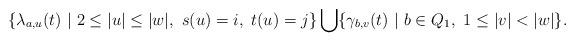
LaTeX: \begin{align*}\{ \lambda_{a,u}(t)~ |~ 2 \leq |u| \leq |w|, ~ s(u)=i, ~ t(u)=j \} \bigcup \{\gamma_{b,v}(t)~|~ b\in Q_1, ~ 1 \leq |v| < |w| \}.\end{align*}